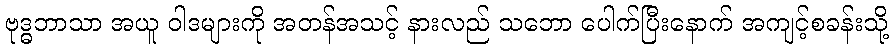
ဗုဒ္ဓဘာသာ အယူ ဝါဒများကို အတန်အသင့် နားလည် သဘော ပေါက်ပြီးနောက် အကျင့်စခန်းသို့